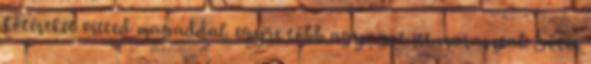
kötéseket vitted magaddal. egyre több agyagot itt marasztal. Sötét